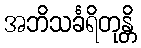
အဘိသင်္ခရိတုန္တိ